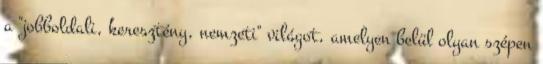
a "jobboldali, keresztény, nemzeti" világot, amelyen belül olyan szépen